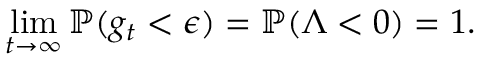
\operatorname* { l i m } _ { t \to \infty } \mathbb { P } ( g _ { t } < \epsilon ) = \mathbb { P } ( \Lambda < 0 ) = 1 .